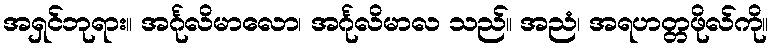
အရှင်ဘုရား။ အင်္ဂုလိမာလော၊ အင်္ဂုလိမာလ သည်။ အညံ၊ အရဟတ္တဖိုလ်ကို။